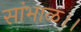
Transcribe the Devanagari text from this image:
सांभाळ।।